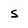
Character: s